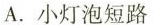
A.小灯泡短路